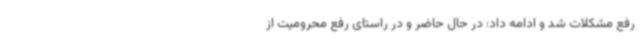
رفع مشکلات شد و ادامه داد: در حال حاضر و در راستای رفع محرومیت از